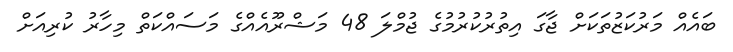
ބައެއް މަރުކަޒުތަކަށް ޖާގަ އިތުރުކުރުމުގެ ޖުމްލަ 48 މަޝްރޫއެއްގެ މަސައްކަތް މިހާރު ކުރިއަށް